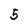
Character: 5